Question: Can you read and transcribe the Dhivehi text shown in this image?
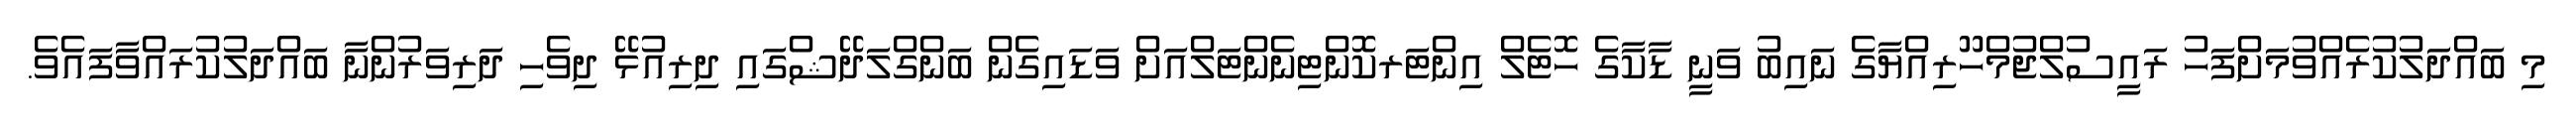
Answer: މި ބައްދަލުކުރެއްވުމަށްފަހު ރައީސުލްޖުމްހޫރިއްޔާގެ ނައިބު ވަނީ ޑާކާގެ ހޮޓެލް އިންޓަރކޮންޓިނެންޓަލްއަށް ވަޑައިގެން ބަންގްލަދޭޝްގައި ދިރިއުޅޭ ދިވެހި ދަރިވަރުންނާ ބައްދަލުކުރައްވާފައެވެ.